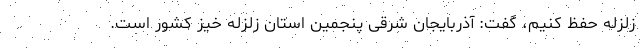
زلزله حفظ کنیم، گفت: آذربایجان شرقی پنجمین استان زلزله خیز کشور است.